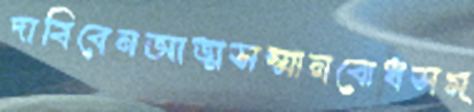
দাবিবেনআত্মসম্মানবোধসম্